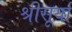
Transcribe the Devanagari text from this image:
श्रीसूर्या